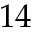
1 4